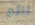
رائع